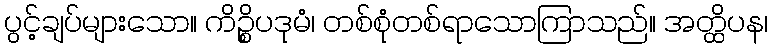
ပွင့်ချပ်များသော။ ကိဉ္စိပဒုမံ၊ တစ်စုံတစ်ရာသောကြာသည်။ အတ္ထိပန၊